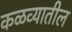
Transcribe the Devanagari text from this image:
कळव्यातील